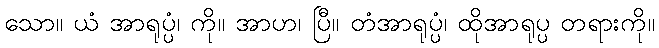
သော။ ယံ အာရုပ္ပံ၊ ကို။ အာဟ၊ ပြီ။ တံအာရုပ္ပံ၊ ထိုအာရုပ္ပ တရားကို။